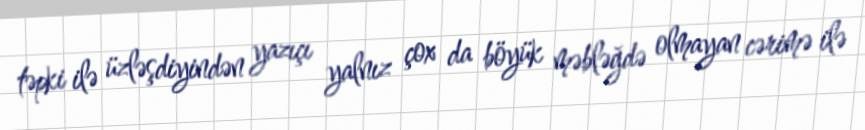
təpki ilə üzləşdiyindən yazıçı yalnız çox da böyük məbləğdə olmayan cərimə ilə